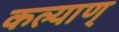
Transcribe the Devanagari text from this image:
कल्याण्